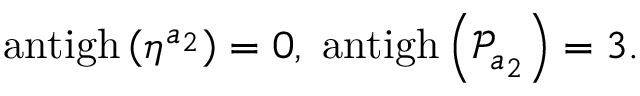
\mathrm { a n t i g h } \left( \eta ^ { a _ { 2 } } \right) = 0 , \; \mathrm { a n t i g h } \left( \mathcal { P } _ { a _ { 2 } } \right) = 3 .